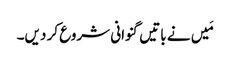
مَیں نے باتیں گنوانی شروع کر دیں۔